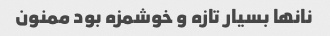
نانها بسیار تازه و خوشمزه بود ممنون